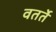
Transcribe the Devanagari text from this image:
वतर्ते